Vaccination United Provinces of Agra and Oudh 1902-1913 - 1902-1913
Year: 1902
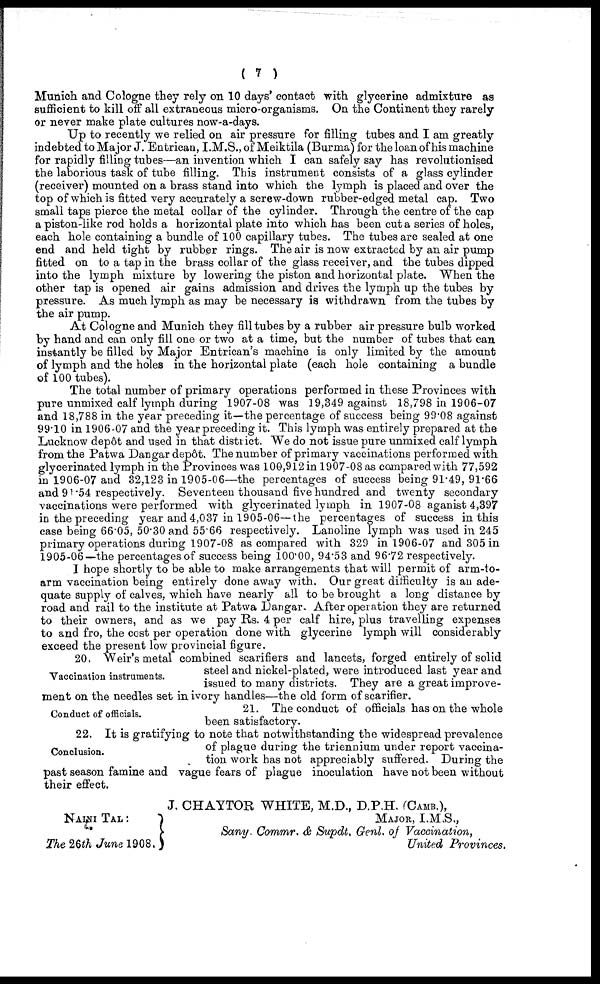
( 7 )
Munich and Cologne they rely on 10 days' contact with glycerine admixture as
sufficient to kill off all extraneous micro-organisms. On the Continent they rarely
or never make plate cultures now-a-days.
Up to recently we relied on air pressure for filling tubes and I am greatly
indebted to Major J. Entrican, I.M.S., of Meiktila (Burma) for the loan of his machine
for rapidly filling tubes—an invention which I can safely say has revolutionised
the laborious task: of tube filling. This instrument consists of a glass cylinder
(receiver) mounted on a brass stand into which the lymph is placed and over the
top of which is fitted very accurately a screw-down rubber-edged metal cap. Two
small taps pierce the metal collar of the cylinder. Through the centre of the cap
a piston-like rod holds a horizontal plate into which has been cut a series of holes,
each hole containing a bundle of 100 capillary tubes. The tubes are sealed at one
end and held tight by rubber rings. The air is now extracted by an air pump
fitted on to a tap in the brass collar of the glass receiver, and the tubes dipped
into the lymph mixture by lowering the piston and horizontal plate. When the
other tap is opened air gains admission and drives the lymph up the tubes by
pressure. As much lymph as may be necessary is withdrawn from the tubes by
the air pump.
At Cologne and Munich they fill tubes by a rubber air pressure bulb worked
by hand and can only fill one or two at a time, but the number of tubes that can
instantly be filled by Major Entrican's machine is only limited by the amount
of lymph and the holes in the horizontal plate (each hole containing a bundle
of 100 tubes).
The total number of primary operations performed in these Provinces with
pure unmixed calf lymph during 1907-08 was 19,349 against 18,798 in 1906-07
and 18,788 in the year preceding it—the percentage of success being 99.08 against
99.10 in 1906-07 and the year preceding it. This lymph was entirely prepared at the
Lucknow depôt and used in that district. We do not issue pure unmixed calf lymph
from the Patwa Dangar depôt. The number of primary vaccinations performed with
glycerinated lymph in the Provinces was 100,912 in 1907-08 as compared with 77,592
in 1906-07 and 32,123 in 1905-06—the percentages of success being 91.49, 91.66
and 91.54 respectively. Seventeen thousand five hundred and twenty secondary
vaccinations were performed with glycerinated lymph in 1907-08 aganist 4,397
in the preceding year and 4,037 in 1905-06—the percentages of success in this
case being 66.05, 50.30 and 55.66 respectively. Lanoline lymph was used in 245
primary operations during 1907-08 as compared with 329 in 1906-07 and 305 in
1905-06—the percentages of success being 100.00, 94.53 and 96.72 respectively.
I hope shortly to be able to make arrangements that will permit of arm-to-
arm vaccination being entirely done away with. Our great difficulty is an ade-
quate supply of calves, which have nearly all to be brought a long distance by
road and rail to the institute at Patwa Dangar. After operation they are returned
to their owners, and as we pay Rs. 4 per calf hire, plus travelling expenses
to and fro, the cost per operation done with glycerine lymph will considerably
exceed the present low provincial figure.
Vaccination instruments.
20, Weir's metal combined scarifiers and lancets, forged entirely of solid
steel and nickel-plated, were introduced last year and
issued to many districts. They are a great improve-
ment on the needles set in ivory handles—the old form of scarifier.
Conduct of officials.
21. The conduct of officials has on the whole
been satisfactory.
Conclusion.
22. It is gratifying to note that notwithstanding the widespread prevalence
of plague during the triennium under report vaccina-
tion work has not appreciably suffered. During the
past season famine and vague fears of plague inoculation have not been without
their effect.
NAINI TAL :
The 26th June 1908
J. CHAYTOR WHITE, M.D., D.P.H. (CAMB.),
MAJOR, I.M.S.,
Sany Commr. & Supdt, Genl. of Vaccination,
United Provinces.